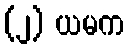
(၂) ယမက